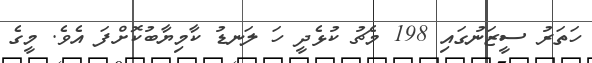
ހަތަރު ސީޒަނުގައި 198 މެޗު ކުޅެދީ ހަ ލަނޑު ކާމިޔާބުކޮށްފަ އެވެ. މީގެ